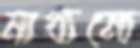
মাধ্যম্যে